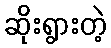
ဆိုးရွားတဲ့